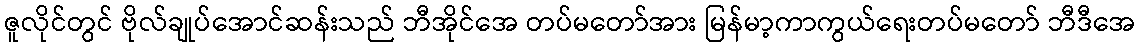
ဇူလိုင်တွင် ဗိုလ်ချုပ်အောင်ဆန်းသည် ဘီအိုင်အေ တပ်မတော်အား မြန်မာ့ကာကွယ်ရေးတပ်မတော် ဘီဒီအေ